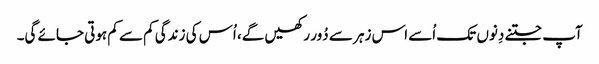
آپ جتنے دِنوں تک اُسے اس زہر سے دُور رکھیں گے، اُس کی زندگی کم سے کم ہوتی جائے گی۔